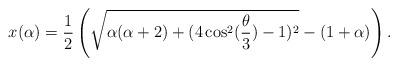
LaTeX: \begin{align*}x(\alpha) = \frac 12 \left( \sqrt{ \alpha(\alpha+2) + (4\cos^2(\frac{\theta}{3}) - 1)^2 } - (1+\alpha) \right).\end{align*}